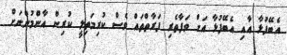
އެބޭފުޅާ އާއި އެބޭފުޅާ އަށް ވަފާތެރި ފަރާތްތައް ވެސް ކުރިމަތިލީ ކުރިން އާންމުންނަށް